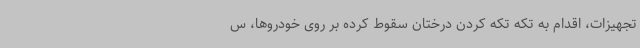
تجهیزات، اقدام به تکه تکه کردن درختان سقوط کرده بر روی خودروها، س